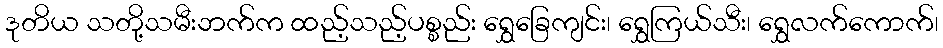
ဒုတိယ သတို့သမီးဘက်က ထည့်သည့်ပစ္စည်း ရွှေခြေကျင်း၊ ရွှေကြယ်သီး၊ ရွှေလက်ကောက်၊